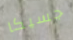
جسيكا